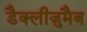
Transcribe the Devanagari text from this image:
डैक्लीज़ुमैब